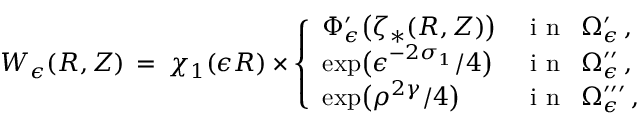
W _ { \epsilon } ( R , Z ) \, = \, \chi _ { 1 } ( \epsilon R ) \times \left\{ \begin{array} { l l } { \Phi _ { \epsilon } ^ { \prime } \bigl ( \zeta _ { * } ( R , Z ) \bigr ) } & { \mathrm { ~ i ~ n ~ } ~ \, \Omega _ { \epsilon } ^ { \prime } \, , } \\ { \exp \bigl ( \epsilon ^ { - 2 \sigma _ { 1 } } / 4 \bigr ) } & { \mathrm { ~ i ~ n ~ } ~ \, \Omega _ { \epsilon } ^ { \prime \prime } \, , } \\ { \exp \bigl ( \rho ^ { 2 \gamma } / 4 \bigr ) } & { \mathrm { ~ i ~ n ~ } ~ \, \Omega _ { \epsilon } ^ { \prime \prime \prime } \, , } \end{array} \right.